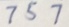
7 5 7